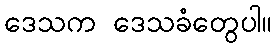
ဒေသက ဒေသခံတွေပါ။